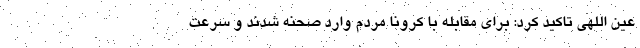
عین اللهی تاکید کرد: برای مقابله با کرونا مردم وارد صحنه شدند و سرعت